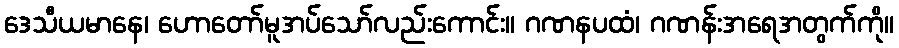
ဒေသီယမာနေ၊ ဟောတော်မူအပ်သော်လည်းကောင်း။ ဂဏနပထံ၊ ဂဏန်းအရေအတွက်ကို။